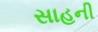
સાહની